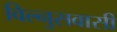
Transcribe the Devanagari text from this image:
विल्नुसवासी